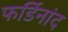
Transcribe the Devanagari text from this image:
फर्डिनांद